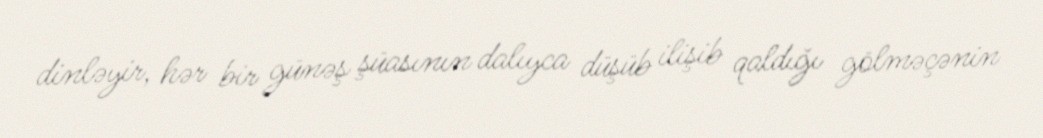
dinləyir, hər bir günəş şüasının dalıyca düşüb ilişib qaldığı gölməçənin